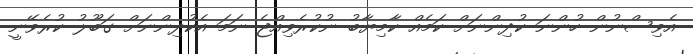
އެވިސްނުން ހުންނަ ކުދިންނަށް ކަމެއް ކާމިޔާބު ނުކުރެވިއްޖެ ނަމަ އެކުދިންނަށް ގަބޫލު ކުރެވޭނީ